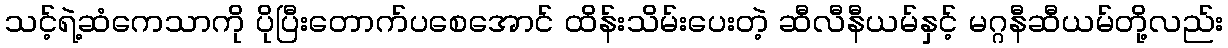
သင့်ရဲ့ဆံကေသာကို ပိုပြီးတောက်ပစေအောင် ထိန်းသိမ်းပေးတဲ့ ဆီလီနီယမ်နှင့် မဂ္ဂနီဆီယမ်တို့လည်း